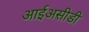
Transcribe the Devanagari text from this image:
आईअसीडी